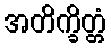
အတိက္ခိတ္တံ